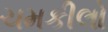
ચમકીલો